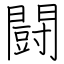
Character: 闘